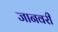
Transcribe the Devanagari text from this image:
जानवरी